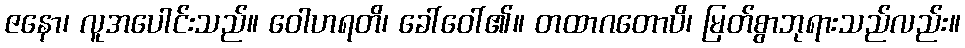
ဇနော၊ လူအပေါင်းသည်။ ဝေါဟရတိ၊ ခေါ်ဝေါ်၏။ တထာဂတောပိ၊ မြတ်စွာဘုရားသည်လည်း။